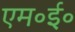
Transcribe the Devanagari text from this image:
एम॰ई॰